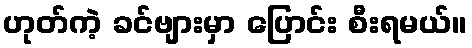
ဟုတ်ကဲ့ ခင်ဗျားမှာ ပြောင်း စီးရမယ်။